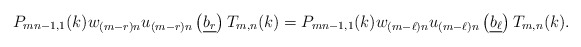
\begin{align*}P_{mn-1,1}(k)w_{(m-r)n}u_{(m-r)n}\left(\underline{b_r}\right)T_{m,n}(k) = P_{mn-1,1}(k)w_{(m-\ell)n}u_{(m-\ell)n}\left(\underline{b_\ell}\right)T_{m,n}(k).\end{align*}